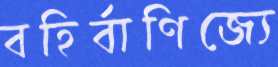
বহির্বাণিজ্যে